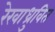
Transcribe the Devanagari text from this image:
रेखाध्रुवित